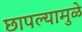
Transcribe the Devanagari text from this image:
छापल्यामुळे